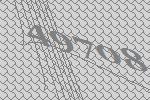
49708